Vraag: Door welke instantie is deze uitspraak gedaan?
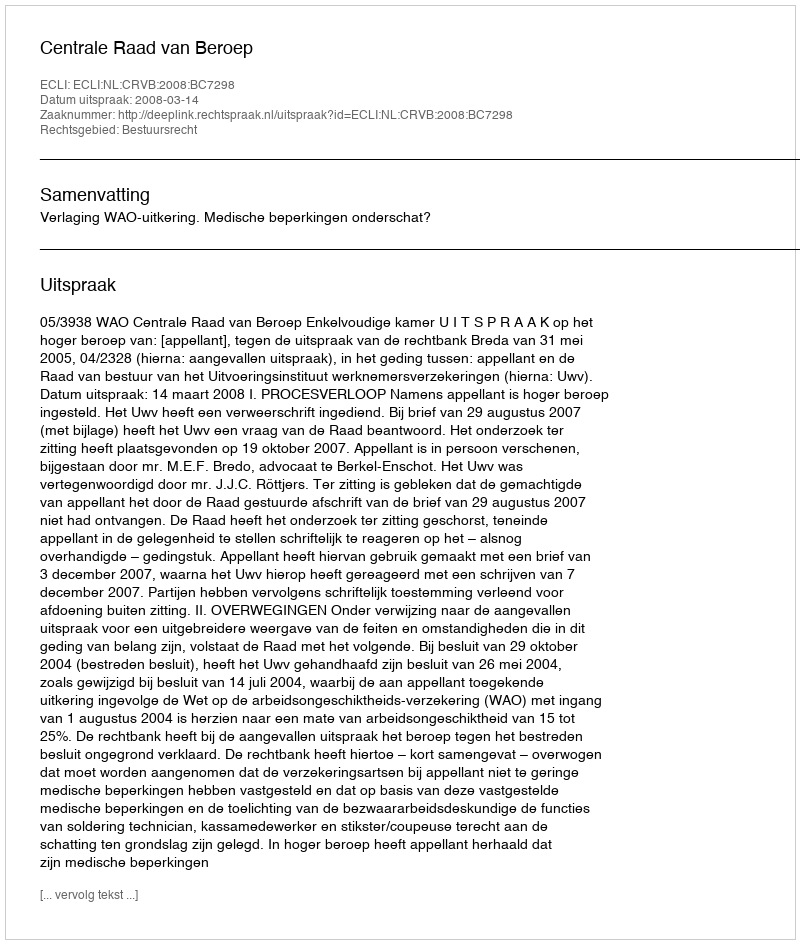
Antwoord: Centrale Raad van Beroep